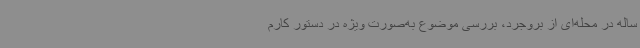
ساله در محله‌ای از بروجرد، بررسی موضوع به‌صورت ویژه در دستور کارم